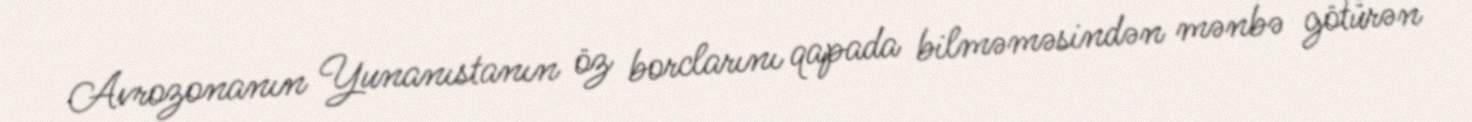
Avrozonanın Yunanıstanın öz borclarını qapada bilməməsindən mənbə götürən